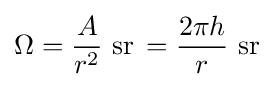
\Omega ={\frac {A}{r^{2}}}\ {\text{sr}}\,={\frac {2\pi h}{r}}\ {\text{sr}}